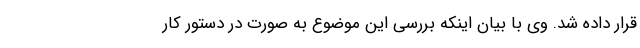
قرار داده شد. وی با بیان اینکه بررسی این موضوع به صورت در دستور کار